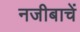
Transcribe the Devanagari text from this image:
नजीबाचें